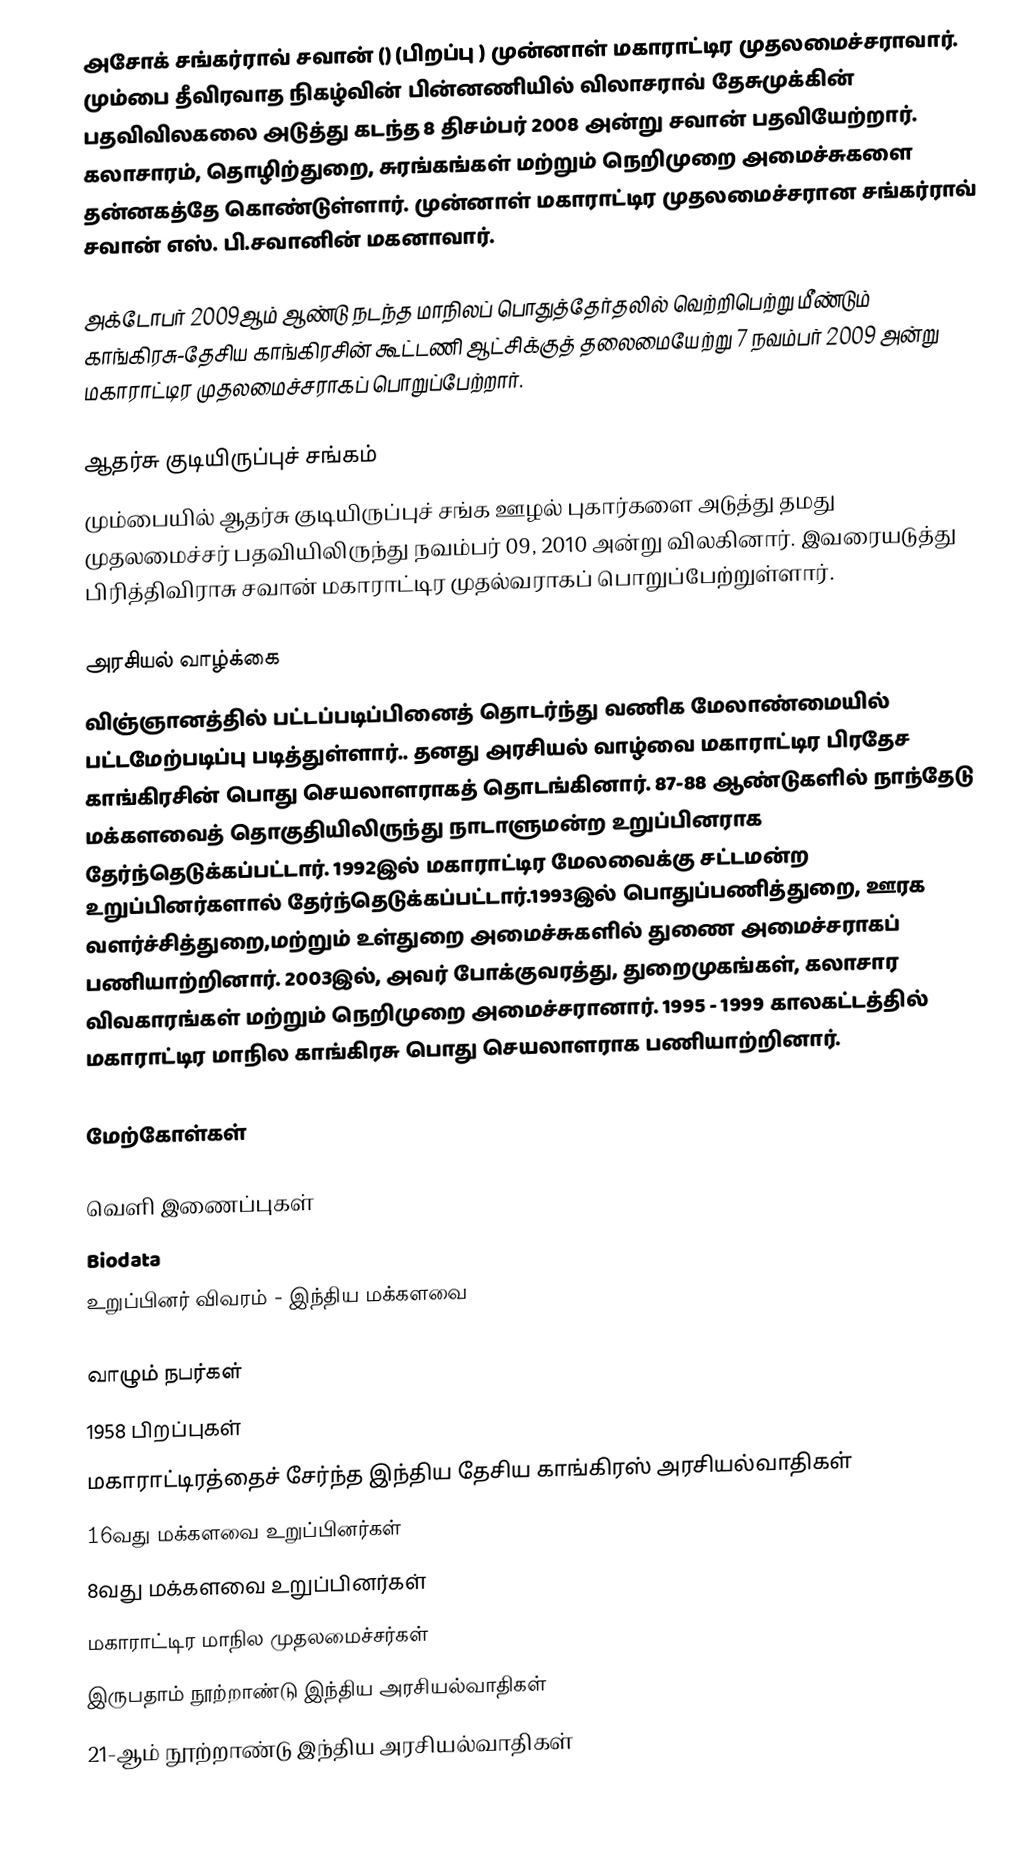
அசோக் சங்கர்ராவ் சவான் () (பிறப்பு ) முன்னாள்  மகாராட்டிர முதலமைச்சராவார். மும்பை தீவிரவாத நிகழ்வின் பின்னணியில் விலாசராவ் தேசுமுக்கின் பதவிவிலகலை அடுத்து கடந்த 8 திசம்பர் 2008 அன்று சவான் பதவியேற்றார். கலாசாரம், தொழிற்துறை, சுரங்கங்கள் மற்றும் நெறிமுறை அமைச்சுகளை தன்னகத்தே கொண்டுள்ளார். முன்னாள் மகாராட்டிர முதலமைச்சரான சங்கர்ராவ் சவான் எஸ். பி.சவானின் மகனாவார்.

அக்டோபர் 2009ஆம் ஆண்டு நடந்த மாநிலப் பொதுத்தேர்தலில் வெற்றிபெற்று மீண்டும் காங்கிரசு-தேசிய காங்கிரசின் கூட்டணி ஆட்சிக்குத் தலைமையேற்று 7 நவம்பர் 2009 அன்று மகாராட்டிர முதலமைச்சராகப் பொறுப்பேற்றார்.

ஆதர்சு குடியிருப்புச் சங்கம்
மும்பையில் ஆதர்சு குடியிருப்புச் சங்க ஊழல் புகார்களை அடுத்து தமது முதலமைச்சர் பதவியிலிருந்து நவம்பர் 09, 2010 அன்று விலகினார். இவரையடுத்து பிரித்திவிராசு சவான் மகாராட்டிர முதல்வராகப் பொறுப்பேற்றுள்ளார்.

அரசியல் வாழ்க்கை
விஞ்ஞானத்தில் பட்டப்படிப்பினைத் தொடர்ந்து வணிக மேலாண்மையில் பட்டமேற்படிப்பு படித்துள்ளார்.. தனது அரசியல் வாழ்வை மகாராட்டிர பிரதேச காங்கிரசின் பொது செயலாளராகத் தொடங்கினார். 87-88 ஆண்டுகளில் நாந்தேடு மக்களவைத் தொகுதியிலிருந்து நாடாளுமன்ற உறுப்பினராக தேர்ந்தெடுக்கப்பட்டார். 1992இல் மகாராட்டிர மேலவைக்கு சட்டமன்ற உறுப்பினர்களால் தேர்ந்தெடுக்கப்பட்டார்.1993இல் பொதுப்பணித்துறை, ஊரக வளர்ச்சித்துறை,மற்றும் உள்துறை அமைச்சுகளில் துணை அமைச்சராகப் பணியாற்றினார். 2003இல், அவர் போக்குவரத்து, துறைமுகங்கள், கலாசார விவகாரங்கள் மற்றும் நெறிமுறை அமைச்சரானார். 1995 - 1999 காலகட்டத்தில் மகாராட்டிர மாநில காங்கிரசு பொது செயலாளராக பணியாற்றினார்.

மேற்கோள்கள்

வெளி இணைப்புகள்
 Biodata
உறுப்பினர் விவரம் - இந்திய மக்களவை

வாழும் நபர்கள்
1958 பிறப்புகள்
மகாராட்டிரத்தைச் சேர்ந்த இந்திய தேசிய காங்கிரஸ் அரசியல்வாதிகள்
16வது மக்களவை உறுப்பினர்கள்
8வது மக்களவை உறுப்பினர்கள்
மகாராட்டிர மாநில முதலமைச்சர்கள்
இருபதாம் நூற்றாண்டு இந்திய அரசியல்வாதிகள்
21-ஆம் நூற்றாண்டு இந்திய அரசியல்வாதிகள்